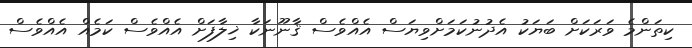
ކިތަންމެ ވަރަކަށް ބަޔަކު އެދުނުކަމަށްވިޔަސް އެއްވެސް ޤާނޫނަކާ ޚިލާފަށް އެއްވެސް ކަމެއް އެއްވެސް